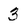
Character: 3